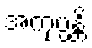
အကုပ္ပန္တိ